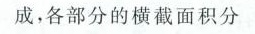
成，各部分的横截面积分